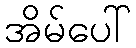
အိမ်ပေါ်